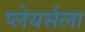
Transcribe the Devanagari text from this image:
प्लेयर्सला